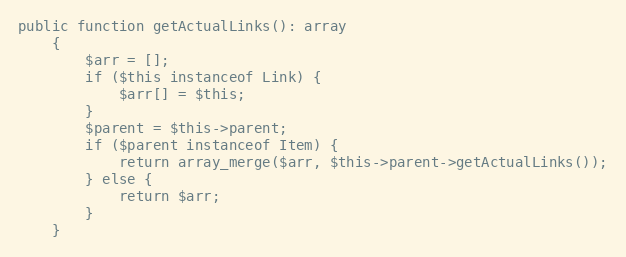
Language: PHP
public function getActualLinks(): array
	{
		$arr = [];
		if ($this instanceof Link) {
			$arr[] = $this;
		}
		$parent = $this->parent;
		if ($parent instanceof Item) {
			return array_merge($arr, $this->parent->getActualLinks());
		} else {
			return $arr;
		}
	}